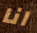
انا